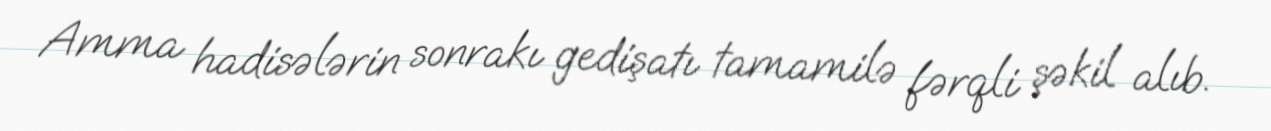
Amma hadisələrin sonrakı gedişatı tamamilə fərqli şəkil alıb.